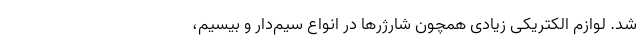
شد. لوازم الکتریکی زیادی همچون شارژرها در انواع سیم‌دار و بیسیم،